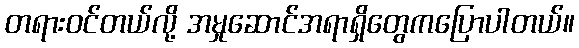
တရားဝင်တယ်လို့ အမှုဆောင်အရာရှိတွေကပြောပါတယ်။